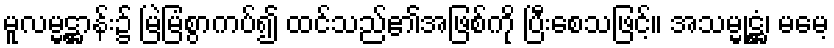
မူလမ္မဋ္ဌာန်း၌ မြဲမြံစွာကပ်၍ ထင်သည်၏အဖြစ်ကို ပြီးစေသဖြင့်။ အသမ္မုဋ္ဌံ၊ မမေ့